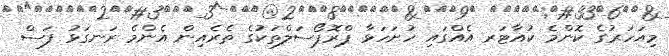
މިއަހަރުގެ ކޮންމެ ކުއާޓަރ އެއްގައި ހުށަހަޅާ ޕްރޮޕޯސަލްތަކުގެ ތެރެއިން އެންމެ ރަނގަޅު ފަސް